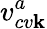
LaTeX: v_{cv\mathbf{k}}^{a}